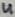
Text: 4